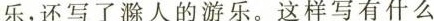
乐，还写了滁人的游乐。这样写有什么